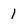
Character: 1